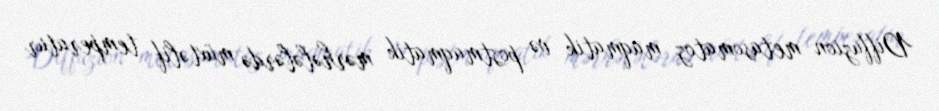
Diffuzion metasomatoz maqmatik və postmaqmatik mərhələlərdə müxtəlif temperatur